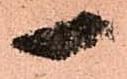
一